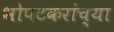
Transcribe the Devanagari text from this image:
भोपटकरांच्या